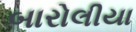
બારોલીયા